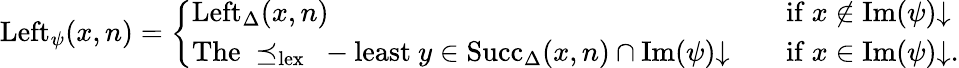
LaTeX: \begin{array}{r}{\mathrm{Left}_{\psi}(x,n)=\left\{ \begin{array}{ll}{\mathrm{Left}_{\Delta}(x,n)\quad}&{\mathrm{if~}x\not\in\mathrm{Im}(\psi){\downarrow}}\\ {\mathrm{The~\preceq_{lex}~-least~}y\in\mathrm{Succ}_{\Delta}(x,n)\cap\mathrm{Im}(\psi){\downarrow}\quad}&{\mathrm{if~}x\in\mathrm{Im}(\psi){\downarrow}.}\end{array}\right.}\end{array}